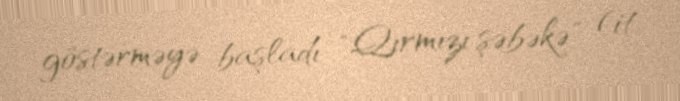
göstərməyə başladı : "Qırmızı şəbəkə" (it.